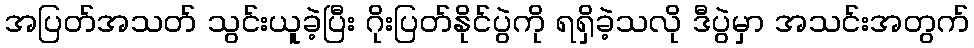
အပြတ်အသတ် သွင်းယူခဲ့ပြီး ဂိုးပြတ်နိုင်ပွဲကို ရရှိခဲ့သလို ဒီပွဲမှာ အသင်းအတွက်